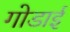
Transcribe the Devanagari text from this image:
गोडाई